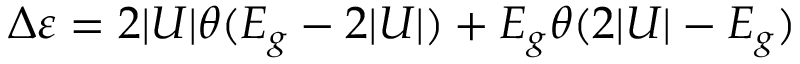
\Delta \varepsilon = 2 | U | \theta ( E _ { g } - 2 | U | ) + E _ { g } \theta ( 2 | U | - E _ { g } )